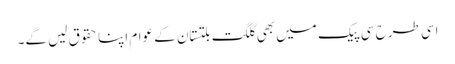
اسی طرح سی پیک میں بھی گلگت بلتستان کے عوام اپنا حقوق لیں گے۔